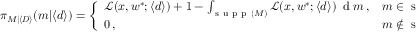
\pi _ { M | \langle \boldsymbol { D } \rangle } ( m | \langle \boldsymbol { d } \rangle ) = \left\{ \begin{array} { l l } { \mathcal { L } ( \boldsymbol { x } , \boldsymbol { w } ^ { * } ; \langle \boldsymbol { d } \rangle ) + 1 - \int _ { \mathrm { ~ s ~ u ~ p ~ p ~ } ( M ) } \mathcal { L } ( \boldsymbol { x } , \boldsymbol { w } ^ { * } ; \langle \boldsymbol { d } \rangle ) \, \textrm { d } m \, , } & { m \in \mathrm { ~ s ~ u ~ p ~ p ~ } ( M ) \, ; } \\ { 0 \, , } & { m \not \in \mathrm { ~ s ~ u ~ p ~ p ~ } ( M ) \, . } \end{array} \right.